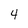
Character: 4